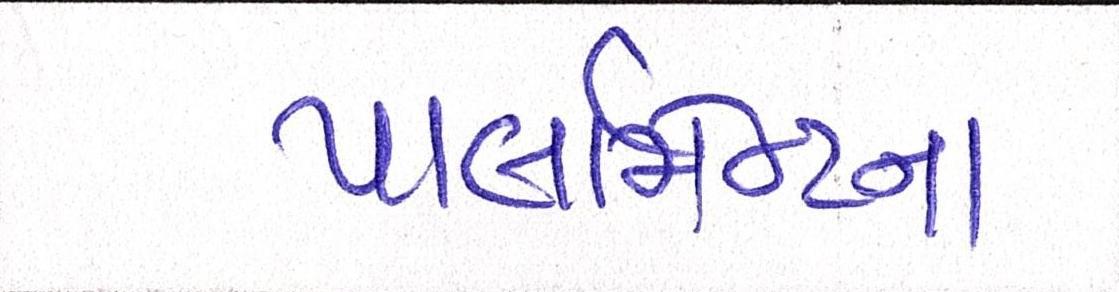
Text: પાર્લામેન્ટના